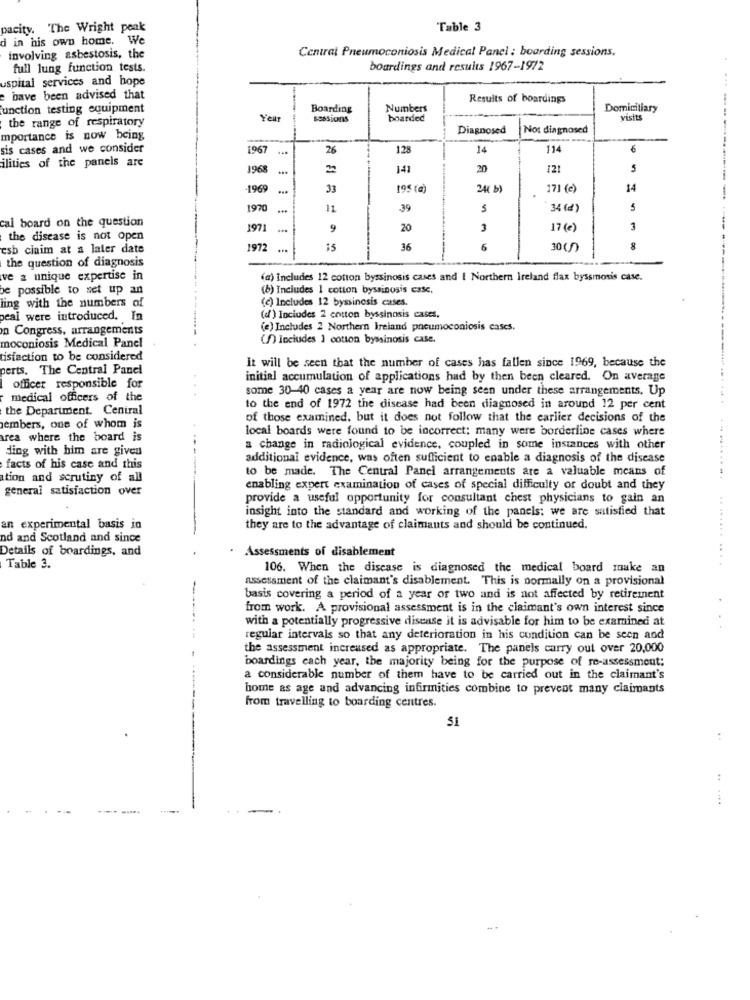
pacity. The Wright peak
Table 3
d in his own home. We
Central Pneumoconiosis Medical Panel : boarding sessions.
involving asbestosis, the
full lung function tests.
boardings and results 1967-1972
uspital services and hope
e have been advised that
Results of boardings
function testing equipment
Boarding
Numbers
Domicitiary
the range of respiratory
Year
ssasions
boarded
VESELS
Diagnosed
Not diagnosed
mportance is now being
sis cases and we consider
1967
26
128
14
114
6
ilities of the panels are
196
2
141
20
121
5
1969
31
195 (a)
24( b)
171 (e)
14
197
...
11
39
5
34 (d)
cal board on the question
1971
9
20
3
17 (e)
the disease is not open
esb ciaim at a later date
1972
15
36
6
30 ()
8
the question of diagnosis
ve a unique expertise in
(a) Includes 12 cotton byssinosis cases and I Northern Ireland flax byssmosis case.
------
be possible to set up an
(b) Includes I cotton byssinosis casc.
(c) Includes 12 byssincsis cases.
ling with the numbers of
peal were introduced. In
(df ) Inciudes 2 cotton byssinosis cases,
In Congress, arrangements
(e) Includes 2 Northern Ireland pneumoconiosis cases.
moconiosis Medical Panel
(f) Inciudes ] cotton byssinosis case.
tisfaction to be considered
It will be seen that the number of cases has fallen since 1969, because the
perts. The Central Panel
initial accumulation of applications had by then been cleared. On average
officer responsible for
some 30-40 cases a year are now being seen under these arrangements. Up
medical officers of the
the Department. Central
to the end of 1972 the disease had been diagnosed in around 12 per cent
of those examined, but it does not follow that the earlier decisions of the
embers, one of whom is
local boards were found to be incorrect; many were borderline cases where
rea where the board is
ding with him are given
a change in radiological evidence, coupled in some instances with other
additional evidence, was often sufficient to enable a diagnosis of the disease
facts of his case and this
to be made. The Central Panel arrangements are a valuable means of
ation and scrutiny of all
general satisfaction over
enabling expert examination of cases of special difficulty of doubt and they
provide a useful opportunity for consultant chest physicians to gain an
insight into the standard and working of the panels: we are satisfied that
an experimental basis in
they are to the advantage of claimauts and should be continued.
nd and Scotland and since
Details of boardings, and
· Assessments of disablement
........ ....
Table 3.
106. When the disease is diagnosed the medical board make an
assessment of the claimant's disablement. This is normally on a provisional
basis covering a period of a year or two and is not affected by retirement
from work. A provisional assessment is in the claimant's own interest since
with a potentially progressive disease it is advisable for him to be examined at
regular intervals so that any deterioration in his condition can be seen and
the assessment increased as appropriate. The panels carry out over 20,000
boardings each year, the majority being for the purpose of re-assessment;
a considerable number of them have to be carried out in the claimant's
home as age and advancing infirmities combine to prevent many claimants
from travelling to boarding centres.
51
: